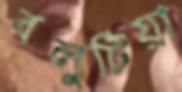
বলুটিয়া